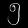
Digit: ၅